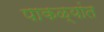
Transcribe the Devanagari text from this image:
पाकळ्यांत